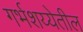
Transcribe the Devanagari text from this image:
गर्भशय्येतील